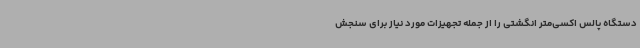
دستگاه پالس اکسی‌متر انگشتی را از جمله تجهیزات مورد نیاز برای سنجش